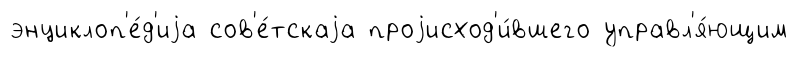
энциклоп'е́д'иjа сов'е́тскаjа проjисход'и́вшего управл'я́ющим